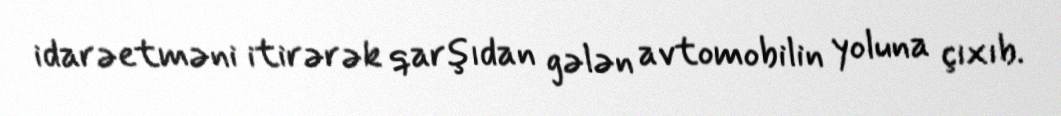
idarəetməni itirərək qarşıdan gələn avtomobilin yoluna çıxıb.